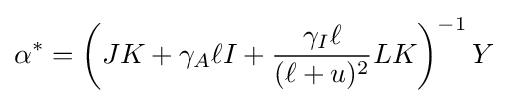
\alpha ^{*}=\left(JK+\gamma _{A}\ell I+{\frac {\gamma _{I}\ell }{(\ell +u)^{2}}}LK\right)^{-1}Y